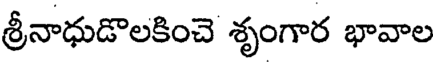
శ్రీనాధుడొలకించె శృంగార భావాల